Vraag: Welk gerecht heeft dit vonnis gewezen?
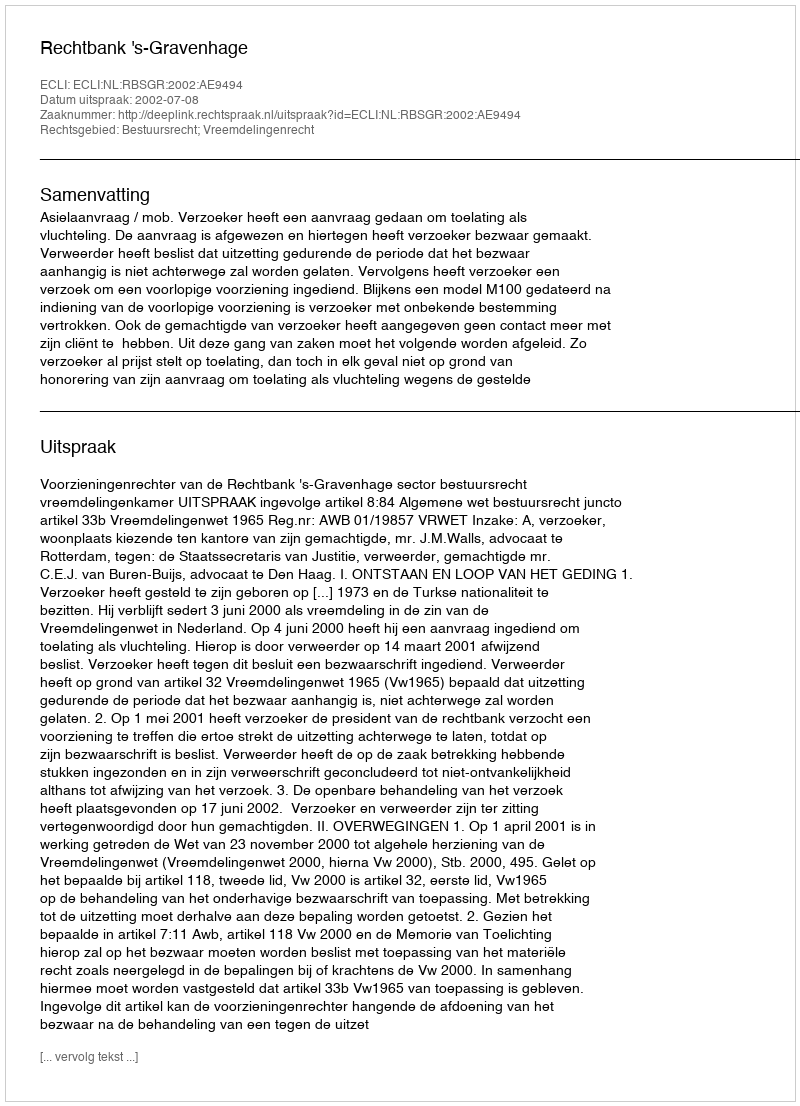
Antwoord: Rechtbank 's-Gravenhage